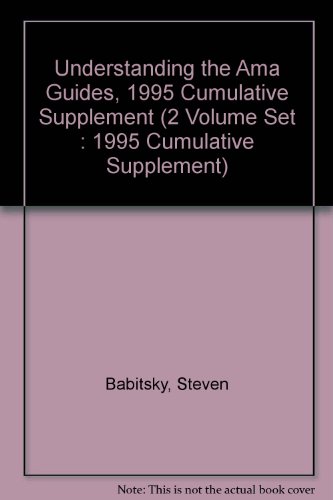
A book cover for Understanding the Ama Guides, 1995 Cumulative Supplement (2 Volume Set : 1995 Cumulative Supplement); Steven Babitsky; Law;